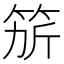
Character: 𥭄